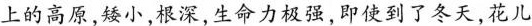
上的高原,矮小，根深，生命力极强即使到了冬天，花儿